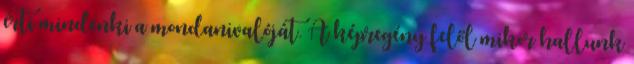
érti mindenki a mondanivalóját. A képregény felől mikor hallunk